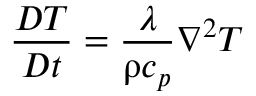
\frac { D T } { D t } = \frac { \lambda } { \uprho c _ { p } } \nabla ^ { 2 } T